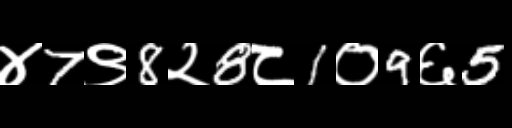
Text: ४7९8२8८1०9६5